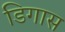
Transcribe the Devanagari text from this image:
डिगास